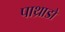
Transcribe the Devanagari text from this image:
पाथ्राडो